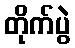
တိုက်ပွဲ